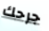
جرحك